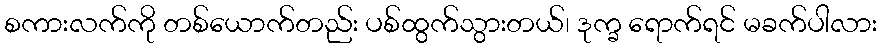
စကားလက်ကို တစ်ယောက်တည်း ပစ်ထွက်သွားတယ်၊ ဒုက္ခ ရောက်ရင် မခက်ပါလား